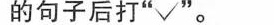
的句子后打"√".